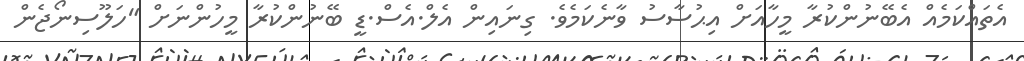
އެތައްކަމެއް އެބޭނުންކުރާ މީހާއަށް އިޙުސާސު ވާނެކަމެވެ. ގިނައިން އެލް.އެސް.ޑީ ބޭނުންކުރާ މީހުންނަށް "ހަލޫސިނޯޖެން